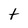
Character: t